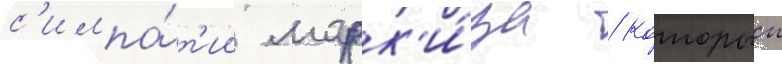
с'импа́т'ии марк'и́за / которыи